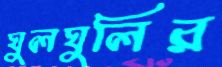
ঘুলঘুলির